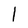
Character: I